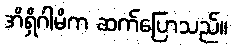
အိရှိဂါမိက ဆက်ပြောသည်။